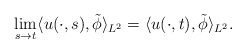
\begin{align*} \lim_{s\rightarrow t}\langle u(\cdot,s),\tilde{\phi}\rangle_{L^{2}} =\langle u(\cdot,t),\tilde{\phi}\rangle_{L^{2}}. \end{align*}